Mental hospitals Bombay report 1921-28 - 1921-1928
Year: 1921
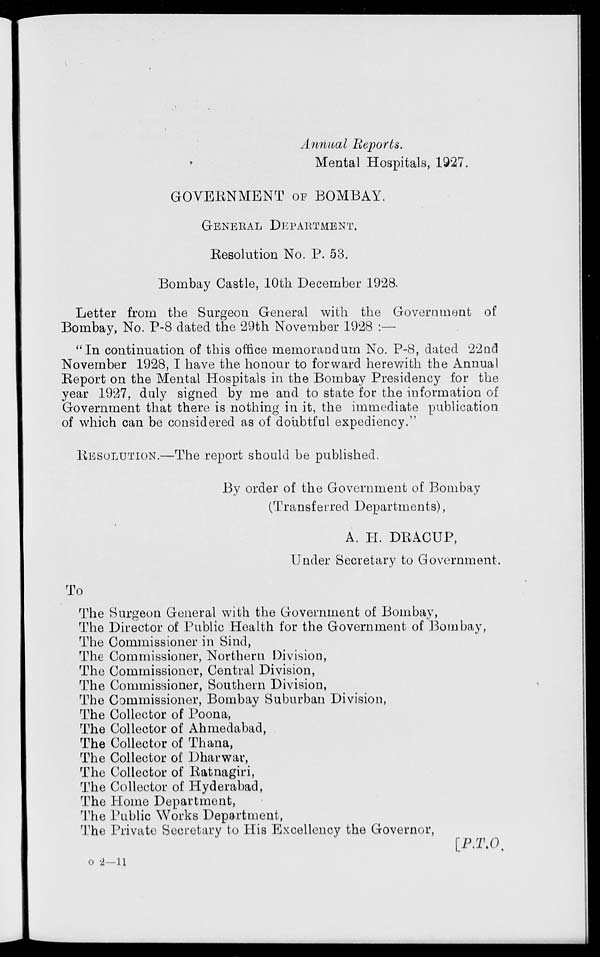
Annual Reports.
Mental Hospitals, 1927.
GOVERNMENT OF BOMBAY.
GENERAL DEPARTMENT.
Resolution No. P. 53.
Bombay Castle, 10th December 1928.
Letter from the Surgeon General with the Government of
Bombay, No. P-8 dated the 29th November 1928 :—
"In continuation of this office memorandum No. P-8, dated 22nd
November 1928, I have the honour to forward herewith the Annual
Report on the Mental Hospitals in the Bombay Presidency for the
year 1927, duly signed by me and to state for the information of
Government that there is nothing in it, the immediate publication
of which can be considered as of doubtful expediency."
RESOLUTION.—The report should be published.
By order of the Government of Bombay
(Transferred Departments),
A. H. DRACUP,
Under Secretary to Government.
To
The Surgeon General with the Government of Bombay,
The Director of Public Health for the Government of Bombay,
The Commissioner in Sind,
The Commissioner, Northern Division,
The Commissioner, Central Division,
The Commissioner, Southern Division,
The Commissioner, Bombay Suburban Division,
The Collector of Poona,
The Collector of Ahmedabad,
The Collector of Thana,
The Collector of Dharwar,
The Collector of Ratnagiri,
The Collector of Hyderabad,
The Home Department,
The Public Works Department,
The Private Secretary to His Excellency the Governor,
[P.T.O.
o -2 -11